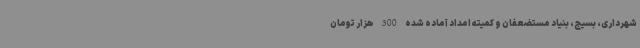
شهرداری، بسیج، بنیاد مستضعفان و کمیته امداد آماده شده 300 هزار تومان